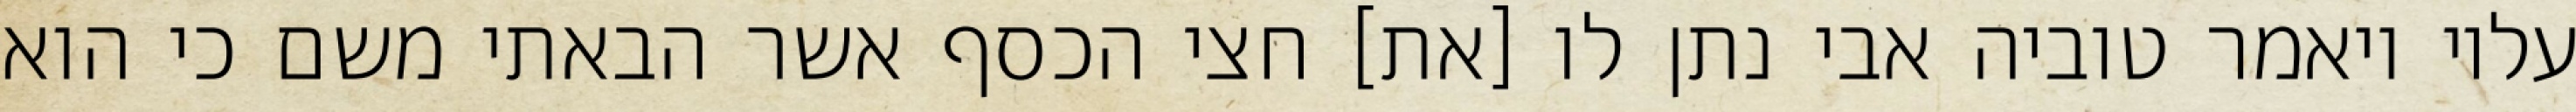
עליו ויאמר טוביה אבי נתן לו [את] חצי הכסף אשר הבאתי משם כי הוא